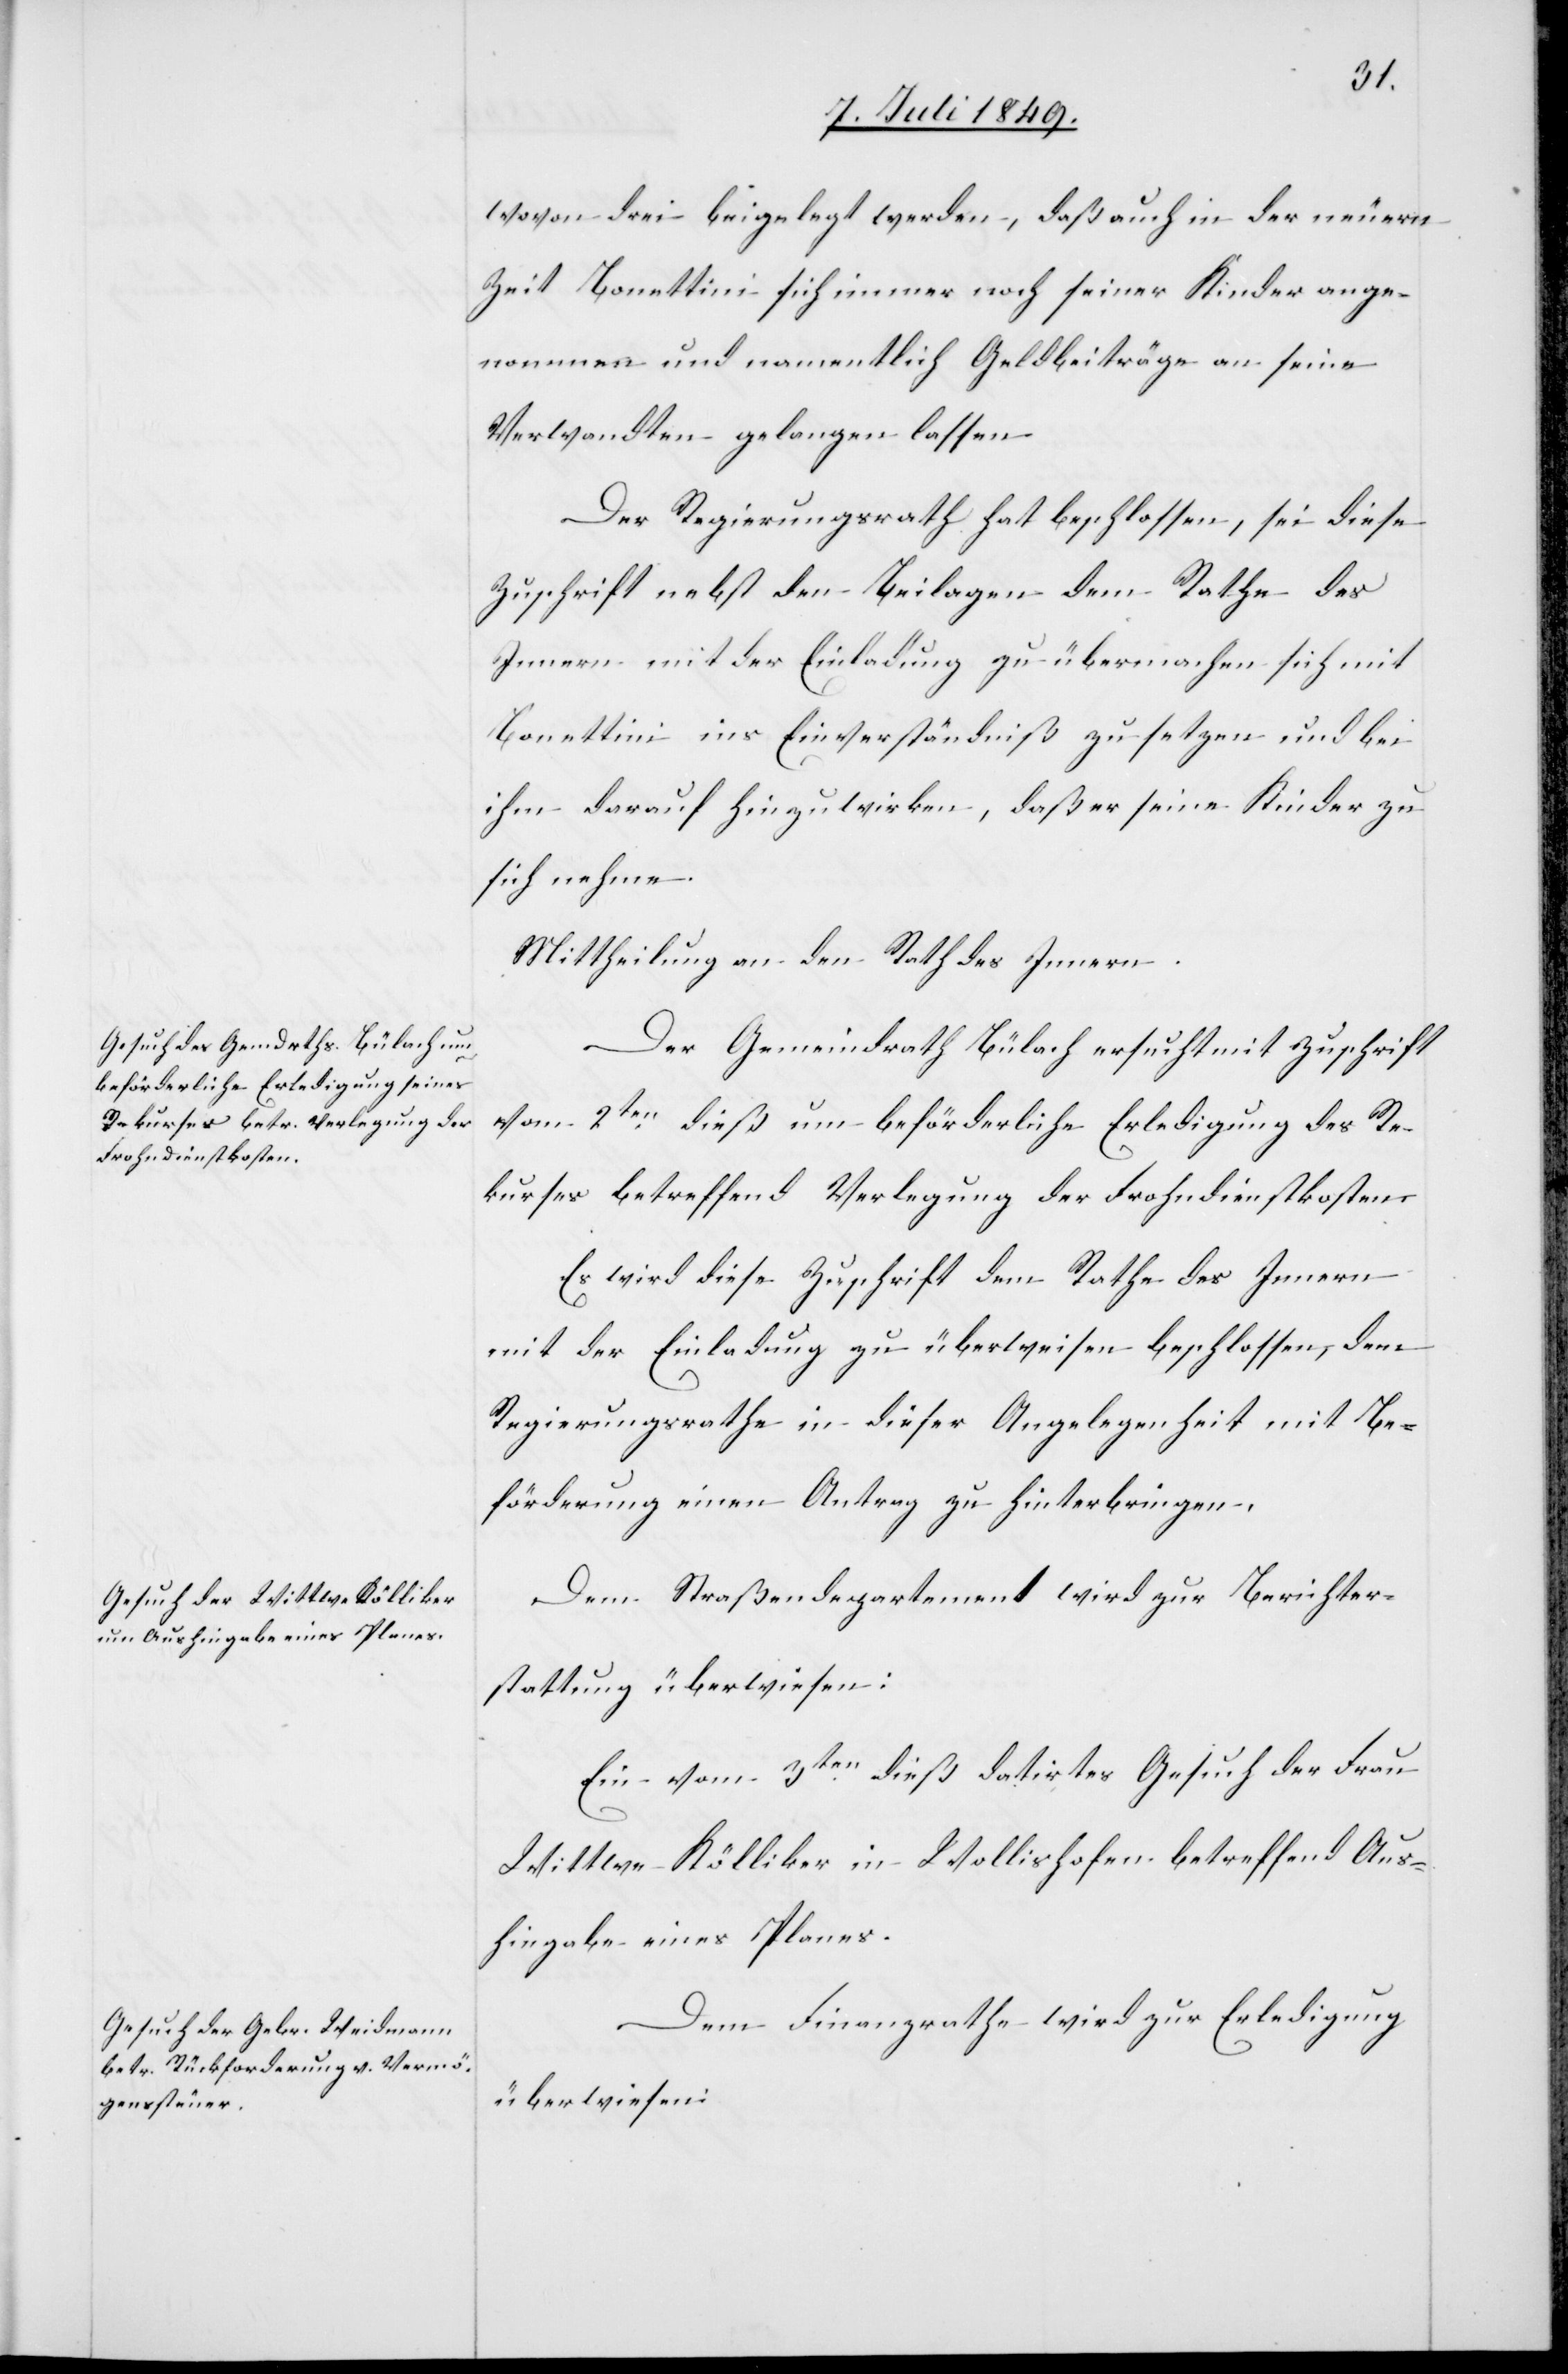
wovon drei beigelegt werden, daß auch in der neuern
Zeit Bonettini sich immer noch seiner Kinder ange¬
nommen und namentlich Geldbeiträge an seine
Verwandten gelangen lassen
Der Regierungsrath hat beschlossen, sei diese
Zuschrift nebst den Beilagen dem Rathe des
Innern mit der Einladung zu übermachen sich mit
Bonettini ins Einverständniß zu setzen und bei
ihm darauf hinzuwirken, daß er seine Kinder zu
sich nehme.
Mittheilung an den Rath des Innern.
Der Gemeindrath Bülach ersucht mit Zuschrift
vom 2ten dieß um beförderliche Erledigung des Re¬
kurses betreffend Verlegung der Frohndienstkosten.
Es wird diese Zuschrift dem Rathe des Innern
mit der Einladung zu überweisen beschlossen, dem
Regierungsrathe in dieser Angelegenheit mit Be¬
förderung einen Antrag zu hinterbringen.
Dem Straßendepartement wird zur Berichter¬
stattung überwiesen:
Ein vom 3ten dieß datirtes Gesuch der Frau
Wittwe Kölliker in Wollishofen betreffend Aus¬
hingabe eines Planes.
Dem Finanzrathe wird zur Erledigung
überwiesen: